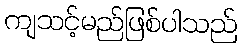
ကျသင့်မည်ဖြစ်ပါသည်